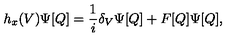
h _ { x } ( V ) \Psi [ Q ] = { \frac { 1 } { i } } \delta _ { V } \Psi [ Q ] + F [ Q ] \Psi [ Q ] ,